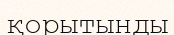
қорытынды